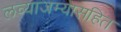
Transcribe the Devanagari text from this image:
लव्याजम्यासहित